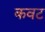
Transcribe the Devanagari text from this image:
कवट